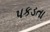
પકડતા